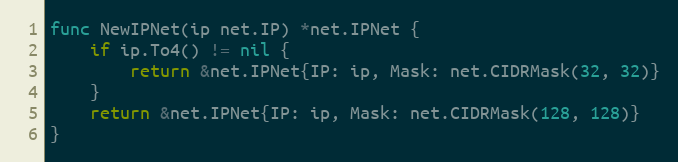
Language: Go
func NewIPNet(ip net.IP) *net.IPNet {
	if ip.To4() != nil {
		return &net.IPNet{IP: ip, Mask: net.CIDRMask(32, 32)}
	}
	return &net.IPNet{IP: ip, Mask: net.CIDRMask(128, 128)}
}